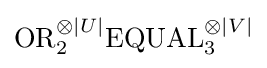
{\text{OR}}_{2}^{\otimes |U|}{\text{EQUAL}}_{3}^{\otimes |V|}